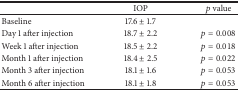
|  | IOP | p value |
 | --- | --- | --- |
 | Baseline | 17.6 ± 1.7 |  |
 | Day 1 after injection | 18.7 ± 2.2 | p = 0.008 |
 | Week 1 after injection | 18.5 ± 2.2 | p = 0.018 |
 | Month 1 after injection | 18.4 ± 2.5 | p = 0.022 |
 | Month 3 after injection | 18.1 ± 1.6 | p = 0.053 |
 | Month 6 after injection | 18.1 ± 1.8 | p = 0.053 |